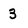
Character: 3